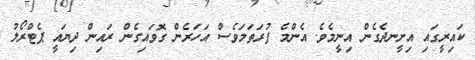
ކައިރީގައި އިށީނދެގެން އިނީމެވެ. އެންމެ ފުރަތަމަވެސް އަހަރެން ގޮވައިގެން ރައިން ދިޔައީ ޕެޓްރޯލު